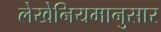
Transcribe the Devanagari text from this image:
लेखेनियमानुसार